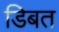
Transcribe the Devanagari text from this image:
डिबत